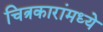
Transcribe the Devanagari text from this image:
चित्रकारांमध्ये